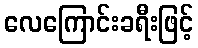
လေကြောင်းခရီးဖြင့်